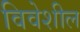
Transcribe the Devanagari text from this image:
विवेशील